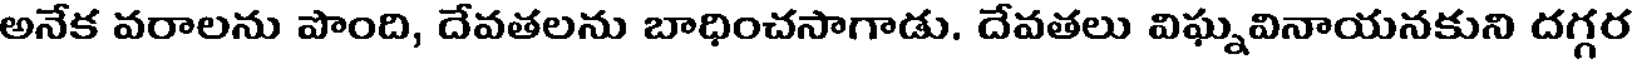
అనేక వరాలను పొంది, దేవతలను బాధించసాగాడు. దేవతలు విఘ్నవినాయనకుని దగ్గర